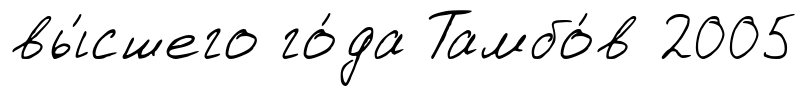
вы́сшего го́да Тамбо́в 2005